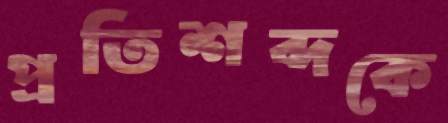
প্রতিশব্দকে